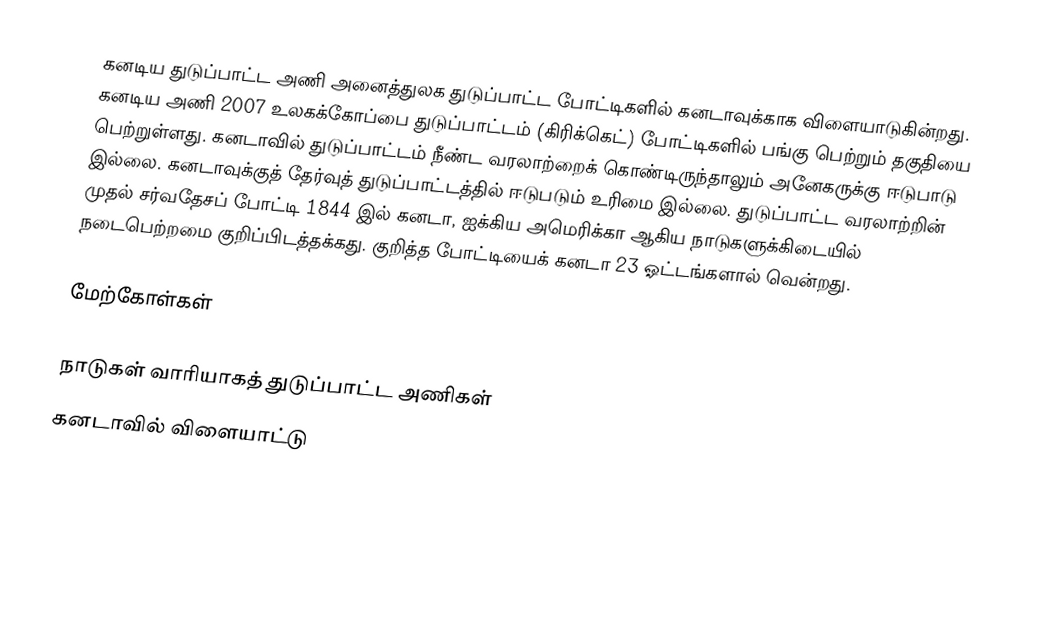
கனடிய துடுப்பாட்ட அணி அனைத்துலக துடுப்பாட்ட போட்டிகளில் கனடாவுக்காக விளையாடுகின்றது.  கனடிய அணி 2007 உலகக்கோப்பை துடுப்பாட்டம் (கிரிக்கெட்) போட்டிகளில் பங்கு பெற்றும் தகுதியை பெற்றுள்ளது.  கனடாவில் துடுப்பாட்டம் நீண்ட வரலாற்றைக் கொண்டிருந்தாலும் அனேகருக்கு ஈடுபாடு இல்லை. கனடாவுக்குத் தேர்வுத் துடுப்பாட்டத்தில் ஈடுபடும் உரிமை இல்லை. துடுப்பாட்ட வரலாற்றின் முதல் சர்வதேசப் போட்டி 1844 இல் கனடா, ஐக்கிய அமெரிக்கா ஆகிய நாடுகளுக்கிடையில் நடைபெற்றமை குறிப்பிடத்தக்கது. குறித்த போட்டியைக் கனடா 23 ஓட்டங்களால் வென்றது.

மேற்கோள்கள்

நாடுகள் வாரியாகத் துடுப்பாட்ட அணிகள்
கனடாவில் விளையாட்டு